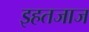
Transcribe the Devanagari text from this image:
इहतजाज